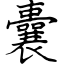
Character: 囊